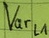
Text: Varl1